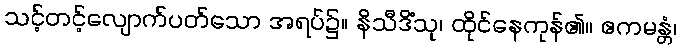
သင့်တင့်လျောက်ပတ်သော အရပ်၌။ နိသီဒိံသု၊ ထိုင်နေကုန်၏။ ဧကမန္တံ၊